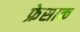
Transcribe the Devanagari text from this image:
फ्रेसाक